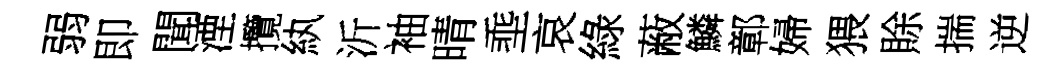
弱即聞湮攬紈沂袖晴埀哀綠蔽鱗鄣婦猥賖揣逆